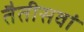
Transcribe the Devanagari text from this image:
तैतीसवां